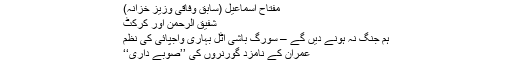
16/08/2018 ویب ڈیسک 0
سابق وزیراعظم شاہد خاقان عباسی کی سادگی
مفتاح اسماعیل (سابق وفاقی وزیز خزانہ)
شفیق الرحمٰن اور کرکٹ
ہم جنگ نہ ہونے دیں گے – سورگ باشی اٹل بہاری واجپائی کی نظم
عمران کے نامزد گورنروں کی ’’صوبے داری‘‘
نئے پاکستان کا پرانا یوم آزادی
علاج معالجے کی اخلاقیات ۔